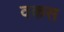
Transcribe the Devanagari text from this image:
वकस